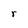
Character: r